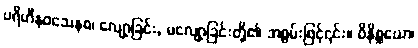
ပရိဟီနဝသေနစ၊ လျော့ခြင်း, မလျော့ခြင်းတို့၏ အစွမ်းဖြင့်၎င်း။ ဝိနိစ္ဆယော၊